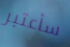
سأعتبر